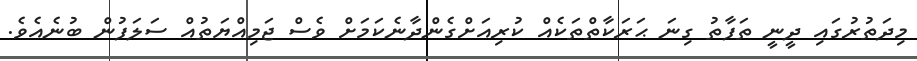
މިދަތުރުގައި ދީނީ ތަފާތު ގިނަ ޙަރަކާތްތަކެއް ކުރިއަށްގެންދާނެކަމަށް ވެސް ޖަމިއްޔަތުއް ސަލަފުން ބުނެއެވެ.